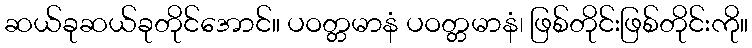
ဆယ်ခုဆယ်ခုတိုင်အောင်။ ပဝတ္တမာနံ ပဝတ္တမာနံ၊ ဖြစ်တိုင်းဖြစ်တိုင်းကို။